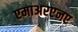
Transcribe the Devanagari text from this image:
एमाअरएनए